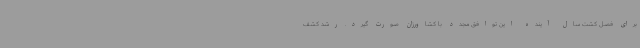
برای فصل کشت سال آینده این توافق مجدد با کشاورزان صورت گیرد. رشد کشف